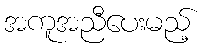
အကူအညီပေးမည့်